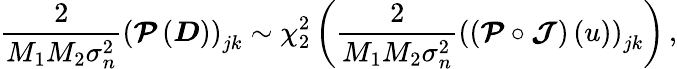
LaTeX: \frac{2}{M_{1}M_{2}\sigma_{n}^{2}}\left(\boldsymbol{\mathcal{P}}\left(\boldsymbol{D}\right)\right)_{jk}\sim\chi_{2}^{2}\left(\frac{2}{M_{1}M_{2}\sigma_{n}^{2}}\left(\left(\boldsymbol{\mathcal{P}}\circ\boldsymbol{\mathcal{J}}\right)\left(u\right)\right)_{jk}\right)\, ,